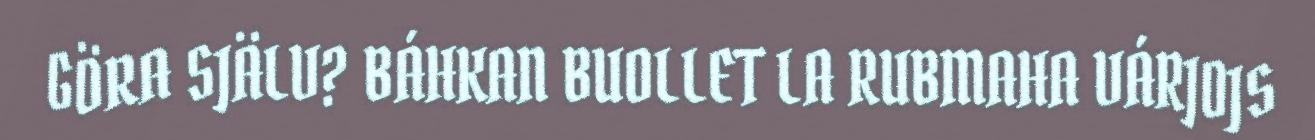
GÖRA SJÄLV? BÁHKAN BUOLLET LA RUBMAHA VÁRJOJS